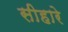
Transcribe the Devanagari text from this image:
सीहारे